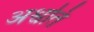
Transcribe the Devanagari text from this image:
अश्वति